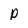
Character: P